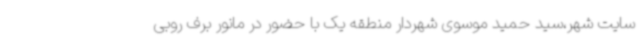
سایت شهر،سید حمید موسوی شهردار منطقه یک با حضور در مانور برف روبی